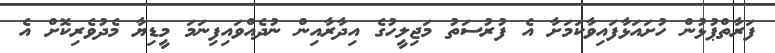
ފަރާތްޕުޅުން ހުށައަޅާފައިވާކަމަށާ އެ ފުރުސަތު މަޖިލީހުގެ އިދާރާއިން ނުދެއްވައިފިނަމަ މީޑިޔާ މެދުވެރިކޮށް އެ